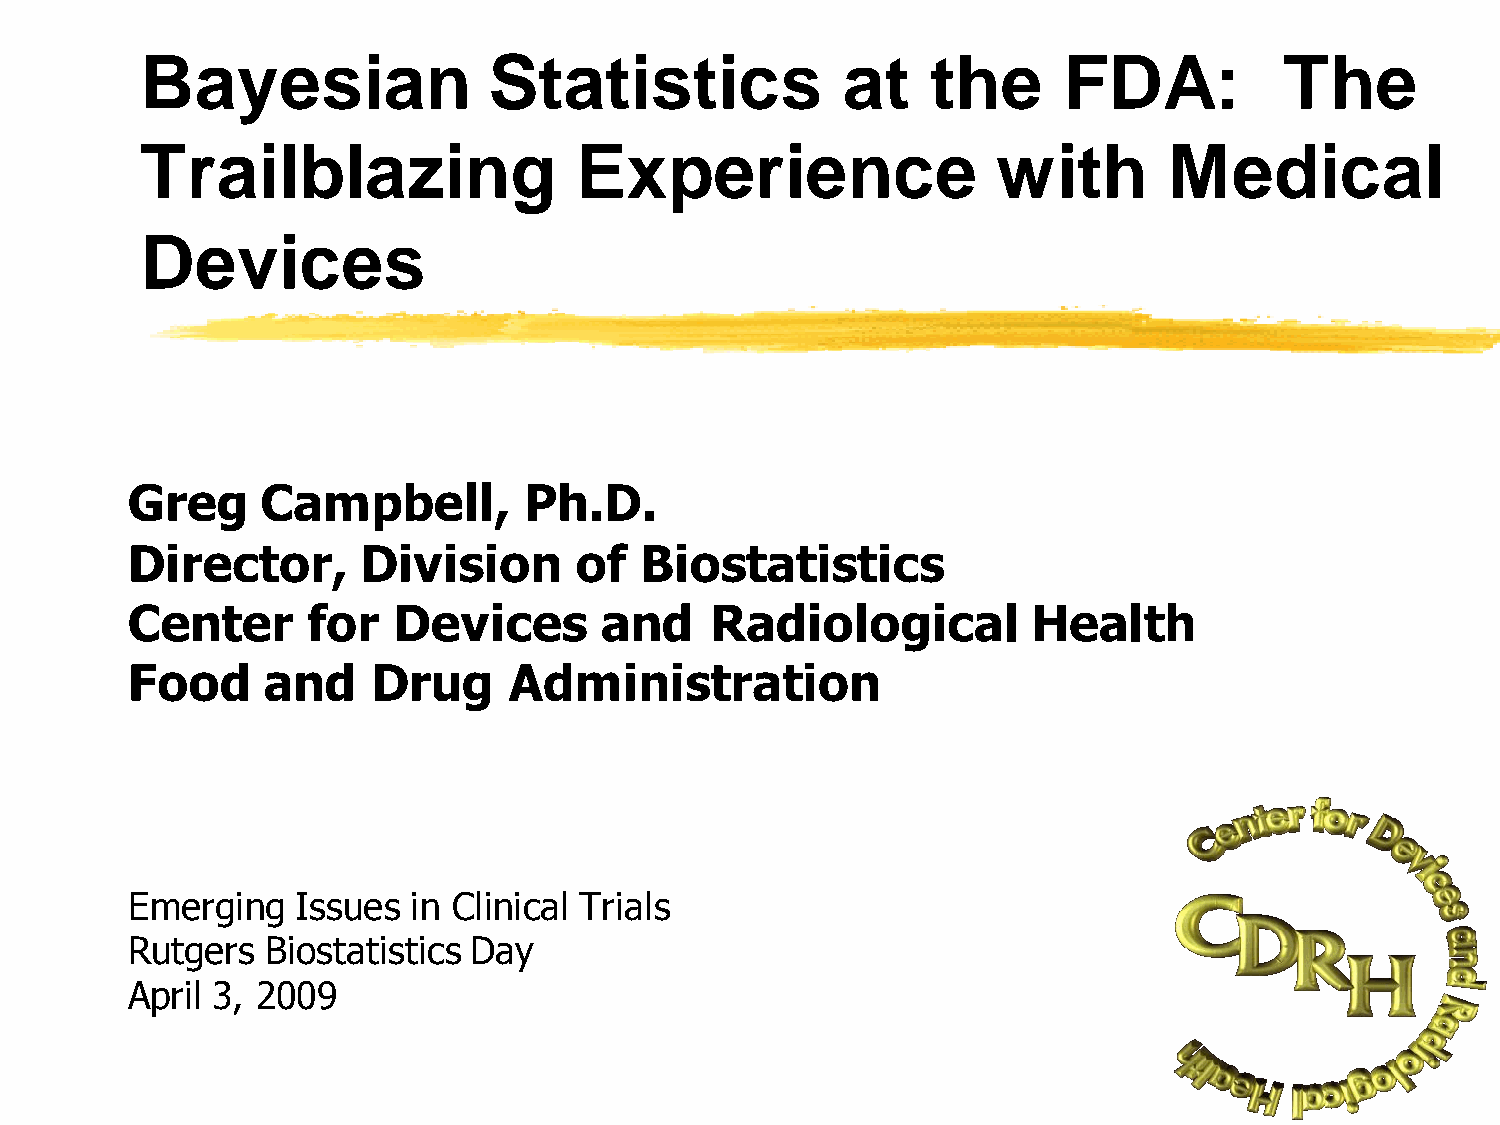
Bayesian               Statistics              at    the     FDA:           The
 Trailblazing                 Experience                  with       Medical
 Devices
 Greg     Campbell,         Ph.D.
 Director,       Division      of  Biostatistics
 Center      for   Devices       and    Radiological         Health
 Food     and     Drug     Administration
 Emerging    Issues in Clinical Trials
 Rutgers   Biostatistics Day
 April 3, 2009